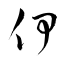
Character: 伊